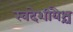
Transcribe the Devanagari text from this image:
स्वदेशीयैश्च